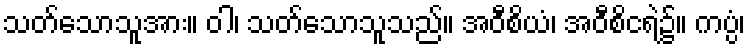
သတ်သောသူအား။ ဝါ၊ သတ်သောသူသည်။ အဝီစိယံ၊ အဝီစိငရဲ၌။ ကပ္ပံ၊